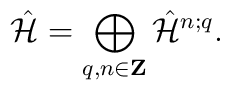
\hat{\cal H} = \bigoplus_{q,n\in {\bf Z}}\hat{\cal H}^{n;q} .